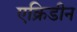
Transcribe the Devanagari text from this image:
एक्रिडीन